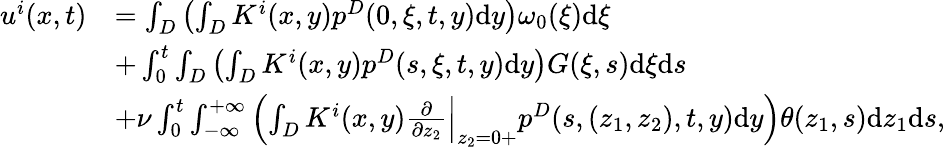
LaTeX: \begin{array}{rl}{u^{i}(x,t)}&{=\int_{D}\left(\int_{D}K^{i}(x,y)p^{D}(0,\xi,t,y)\textrm{d}y\right)\omega_{0}(\xi)\textrm{d}\xi}\\ &{+\int_{0}^{t}\int_{D}\left(\int_{D}K^{i}(x,y)p^{D}(s,\xi,t,y)\textrm{d}y\right)G(\xi,s)\textrm{d}\xi\textrm{d}s}\\ &{+\nu\int_{0}^{t}\int_{-\infty}^{+\infty}\left(\int_{D}K^{i}(x,y)\frac{\partial}{\partial z_{2}}\Big|_{z_{2}=0+}p^{D}(s,(z_{1},z_{2}),t,y)\textrm{d}y\right)\theta(z_{1},s)\textrm{d}z_{1}\textrm{d}s,}\end{array}